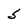
Character: 5